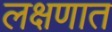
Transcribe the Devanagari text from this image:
लक्षणात